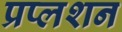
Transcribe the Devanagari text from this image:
प्रप्लशन